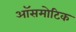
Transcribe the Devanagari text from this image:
ऑसमोटिक